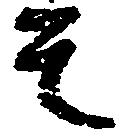
其